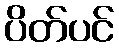
ပိတ်ပင်